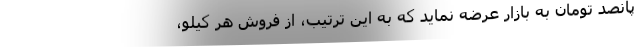
پانصد تومان به بازار عرضه نماید که به این ترتیب، از فروش هر کیلو،